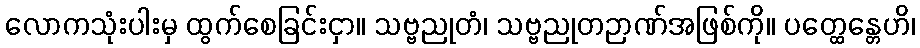
လောကသုံးပါးမှ ထွက်စေခြင်းငှာ။ သဗ္ဗညုတံ၊ သဗ္ဗညုတဉာဏ်အဖြစ်ကို။ ပတ္ထေန္တေဟိ၊